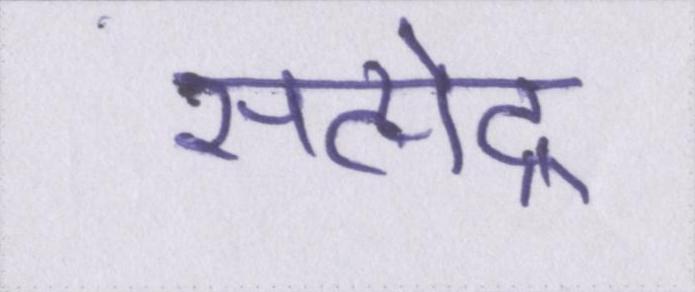
सत्येंद्र